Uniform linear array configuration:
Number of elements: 48
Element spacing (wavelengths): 0.25
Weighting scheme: hamming
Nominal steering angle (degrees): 30
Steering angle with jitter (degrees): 29.905
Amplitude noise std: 0.05
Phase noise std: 0.05

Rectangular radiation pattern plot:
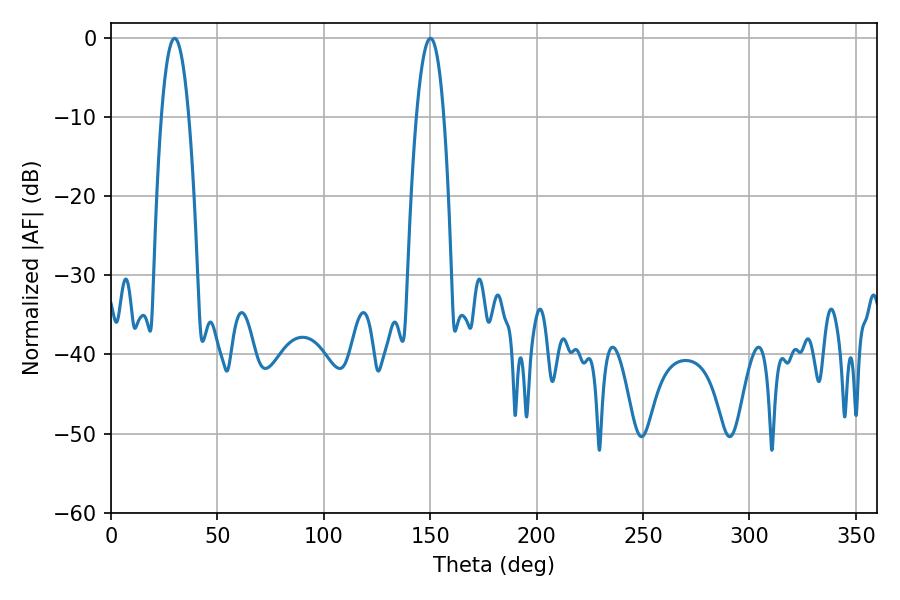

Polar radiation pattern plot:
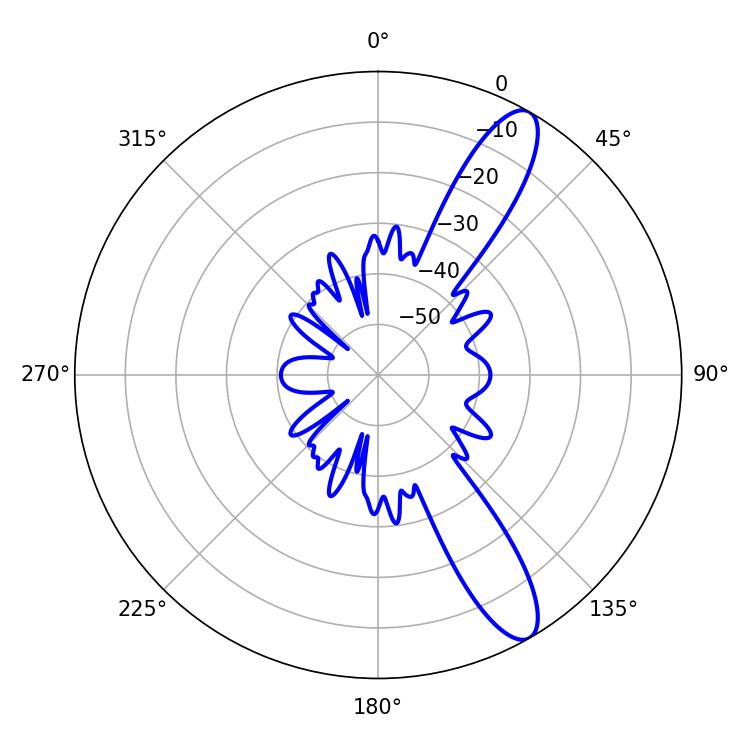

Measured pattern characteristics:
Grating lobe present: FALSE
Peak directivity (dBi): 11.75
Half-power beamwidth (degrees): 7.02
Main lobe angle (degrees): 29.88